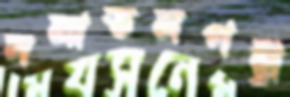
সনাতনপন্থী